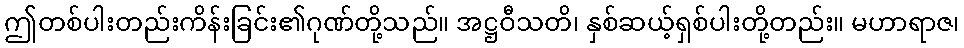
ဤတစ်ပါးတည်းကိန်းခြင်း၏ဂုဏ်တို့သည်။ အဋ္ဌဝီသတိ၊ နှစ်ဆယ့်ရှစ်ပါးတို့တည်း။ မဟာရာဇ၊